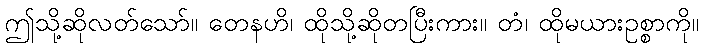
ဤသို့ဆိုလတ်သော်။ တေနဟိ၊ ထိုသို့ဆိုတပြီးကား။ တံ၊ ထိုမယားဥစ္စာကို။